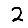
Digit: 2